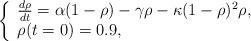
LaTeX: \begin{align*}\left\{\begin{array}{l}\frac{d\rho}{dt} = \alpha(1-\rho) - \gamma\rho - \kappa(1-\rho)^2\rho, \\ \rho(t=0) = 0.9,\end{array}\right.\end{align*}